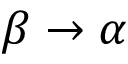
\beta \to \alpha